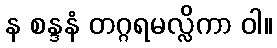
န စန္ဒနံ တဂ္ဂရမလ္လိကာ ဝါ။